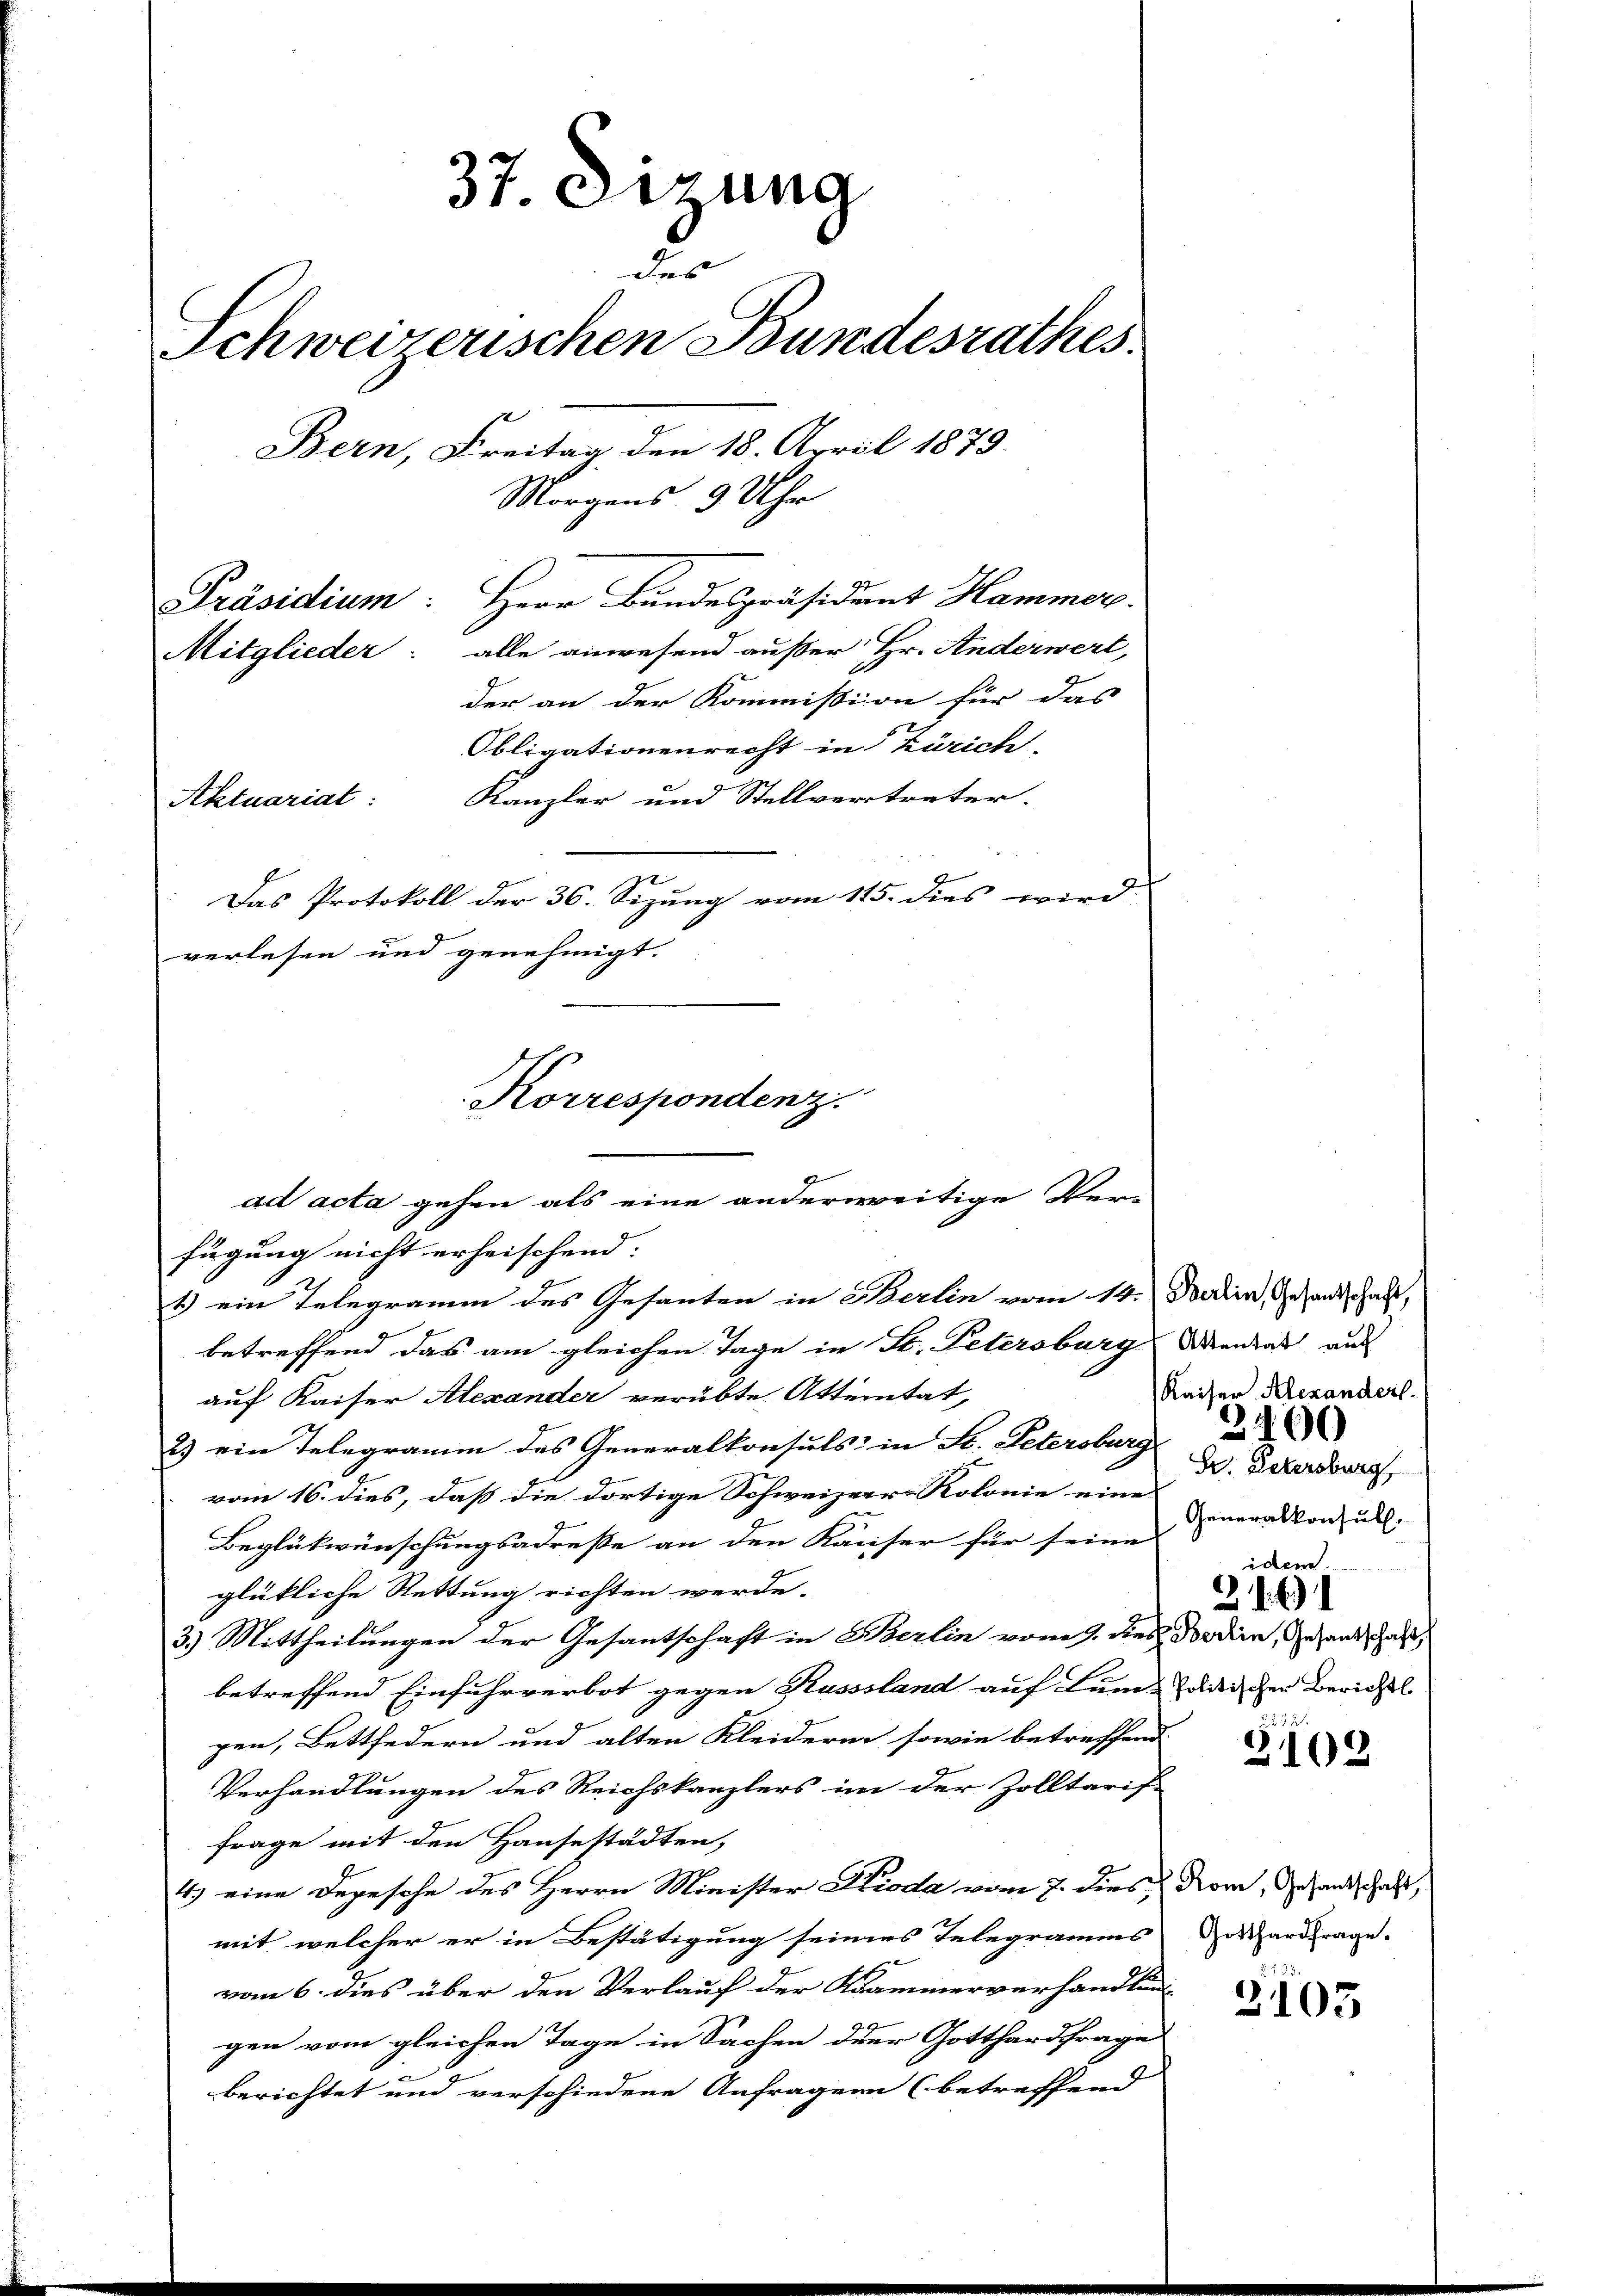
37. Derung
des
Schweizerischen Bundesrathes.
t
Bern, Freitag den 18. April 1879.
Morgens 3 Uhr
Präsidium: Herr Bundespräsident Hammer
Mitglieder: alle anwesend außer Hr. Anderwert,
der an der Kommission für das
Obligationenrecht in Zürich,

Aktuariat:

Das Protokoll der 36. Sizung vom 115. dies wird.
verlesen und genehmigt.

Kanzler und Stellvertreter.

Korrespondenz.
ad acta gehen als eine anderweitige Ver-
fügung nicht erheischend:

1) ein Telegramm des Gesanten in Berlin vom 14. Darin, Gesandschaft,
betreffend das am gleichen Tage in St. Petersburg Weidal aus
auf Kaiser Alexander verübte Attentat,
2) ein Telegramm des Generalkonsuls in St. Petersburg  2
vom 16. dies, daß die dortige Schweizer-Kolonie eine
Beglükwünschungsadreße an den Kaiser für seine
glükliche Rettung richten werde.
3.) Mittheilungen der Gesantschaft in Berlin vom 9. dies Bordien, Gesandschaft,
betreffend Einfuhrverbot gegen Kusssland auf Luis politischen Berichtl
gen, Bettfedern und alten Kleiderin sowie betreffend
Verhandlungen des Reichskanzlers im der Zolltarif-
Frage mit den Hausestädten,
4.) eine Depesche des Herrn Minister Pioda vom 7. dies Rom, Gesandschaft,
mit welcher er in Bestätigung seines Telegramms wardfrage.
vom 6. dies über den Verlauf der Kammerverhandlungen vom gleichen Tage in Sachen der Gotthardfrage
berichtet und verschiedene Anfragen (betreffend

Gr. Petersburg,
Generalkonsuls.
idem
216)

Kaiser Alexanders

22.
2102

3105